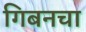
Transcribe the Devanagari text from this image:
गिबनचा